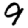
Digit: 9